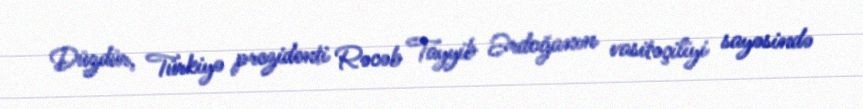
Düzdür, Türkiyə prezidenti Rəcəb Tayyib Ərdoğanın vasitəçiliyi sayəsində